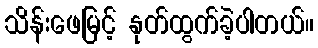
သိန်းဖေမြင့် နုတ်ထွက်ခဲ့ပါတယ်။